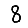
Digit: 8